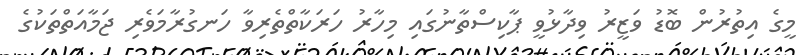
މީގެ އިތުރުން ބޮޑު ވަޒީރު ވިދާޅުވީ ޕާކިސްތާނުގައި މިހާރު ހަރަކާތްތެރިވާ ހަނގުރާމަވެރި ޖަމާއަތްތަކުގެ